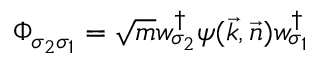
{ \mit \Phi } _ { \sigma _ { 2 } \sigma _ { 1 } } = \sqrt { m } w _ { \sigma _ { 2 } } ^ { \dagger } \psi ( \vec { k } , \vec { n } ) w _ { \sigma _ { 1 } } ^ { \dagger }